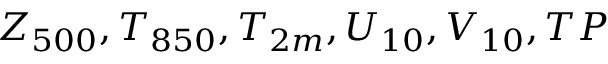
Z _ { 5 0 0 } , T _ { 8 5 0 } , T _ { 2 m } , U _ { 1 0 } , V _ { 1 0 } , T P